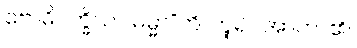
ဗောဓိပက္ခိယာ ဓမ္မာ”တိ၊ ဟူ၍။ အာဟ၊ ၏။